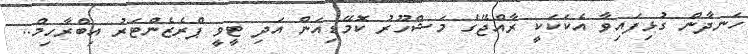
ހަނދާން ގުޅިފައިވާ އެކަކަކީ ރާއްޖޭގެ މަޝްހޫރު ކޮމޭޑިއަން އަދި ޓީވީ ޕްރެޒެންޓަރު އިބްރާހިމް..